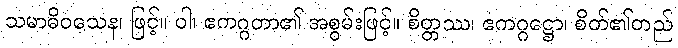
သမာဓိဝသေန၊ ဖြင့်။ ဝါ၊ ဧကဂ္ဂတာ၏ အစွမ်းဖြင့်။ စိတ္တဿ၊ ဧကဂ္ဂဋ္ဌော၊ စိတ်၏တည်